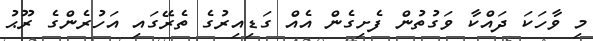
މި ވާހަކަ ދައްކާ ވަގުތުން ފެށިގެން އެއް ގަޑިއިރުގެ ތެރޭގައި އަހުރެންގެ ރޫޙު